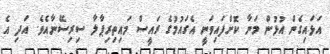
އަޅައިގެން އުޅުން މަނާ ކޮށްފައިވަނީ އެގައުމުގެ ރައީސް މައިތިރިޕާލާ ސިރިސޭނާއެވެ. އަދި އެ